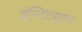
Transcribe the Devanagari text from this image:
इंस्टिटयूशन